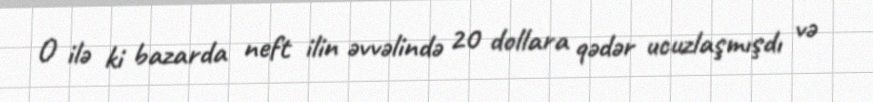
O ilə ki bazarda neft ilin əvvəlində 20 dollara qədər ucuzlaşmışdı və